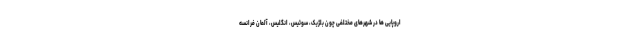
اروپایی ها در شهرهای مختلفی چون بلژیک، سوئیس، انگلیس، آلمان فرانسه